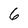
Character: 6